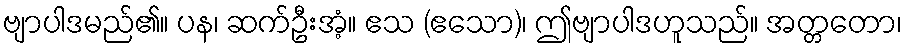
ဗျာပါဒမည်၏။ ပန၊ ဆက်ဦးအံ့။ ဧသ (ဧသော)၊ ဤဗျာပါဒဟူသည်။ အတ္တတော၊